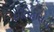
ઈતિહાસનો